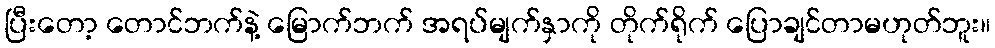
ပြီးတော့ တောင်ဘက်နဲ့ မြောက်ဘက် အရပ်မျက်နှာကို တိုက်ရိုက် ပြောချင်တာမဟုတ်ဘူး။